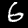
Label: 6